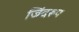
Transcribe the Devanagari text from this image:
जिंदरूप